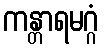
ကန္တာရမဂ္ဂံ